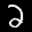
Label: 2